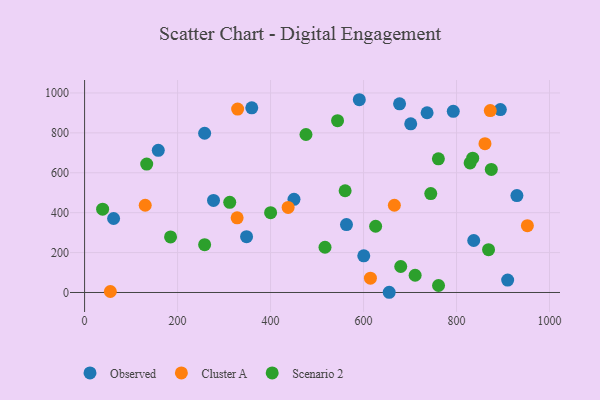
{"axis": {"x": "Engine Size", "y": "Demand"}, "legend": ["Cluster A", "Observed", "Scenario 2"], "data": [{"x": "600.5", "y": 184.0, "type": "Observed"}, {"x": "359.6", "y": 925.4, "type": "Observed"}, {"x": "450.4", "y": 466.8, "type": "Observed"}, {"x": "348.4", "y": 279.8, "type": "Observed"}, {"x": "929.9", "y": 485.9, "type": "Observed"}, {"x": "894.3", "y": 916.6, "type": "Observed"}, {"x": "793.0", "y": 908.0, "type": "Observed"}, {"x": "277.3", "y": 461.4, "type": "Observed"}, {"x": "910.0", "y": 62.0, "type": "Observed"}, {"x": "701.5", "y": 845.2, "type": "Observed"}, {"x": "158.5", "y": 712.4, "type": "Observed"}, {"x": "677.5", "y": 945.8, "type": "Observed"}, {"x": "736.7", "y": 900.7, "type": "Observed"}, {"x": "563.3", "y": 340.3, "type": "Observed"}, {"x": "837.0", "y": 260.7, "type": "Observed"}, {"x": "655.2", "y": 1.1, "type": "Observed"}, {"x": "590.9", "y": 966.1, "type": "Observed"}, {"x": "258.2", "y": 798.1, "type": "Observed"}, {"x": "62.4", "y": 370.8, "type": "Observed"}, {"x": "952.4", "y": 335.0, "type": "Cluster A"}, {"x": "861.2", "y": 745.9, "type": "Cluster A"}, {"x": "872.6", "y": 911.9, "type": "Cluster A"}, {"x": "437.8", "y": 426.4, "type": "Cluster A"}, {"x": "55.4", "y": 5.1, "type": "Cluster A"}, {"x": "614.8", "y": 72.0, "type": "Cluster A"}, {"x": "130.4", "y": 437.2, "type": "Cluster A"}, {"x": "666.3", "y": 437.2, "type": "Cluster A"}, {"x": "329.2", "y": 919.2, "type": "Cluster A"}, {"x": "328.1", "y": 374.1, "type": "Cluster A"}, {"x": "626.0", "y": 331.9, "type": "Scenario 2"}, {"x": "834.8", "y": 673.4, "type": "Scenario 2"}, {"x": "680.0", "y": 130.3, "type": "Scenario 2"}, {"x": "476.2", "y": 791.8, "type": "Scenario 2"}, {"x": "400.1", "y": 400.1, "type": "Scenario 2"}, {"x": "744.6", "y": 496.0, "type": "Scenario 2"}, {"x": "874.8", "y": 617.0, "type": "Scenario 2"}, {"x": "38.8", "y": 417.8, "type": "Scenario 2"}, {"x": "258.2", "y": 239.6, "type": "Scenario 2"}, {"x": "133.6", "y": 643.6, "type": "Scenario 2"}, {"x": "829.2", "y": 649.2, "type": "Scenario 2"}, {"x": "711.0", "y": 86.3, "type": "Scenario 2"}, {"x": "544.1", "y": 860.9, "type": "Scenario 2"}, {"x": "517.1", "y": 226.7, "type": "Scenario 2"}, {"x": "560.4", "y": 509.8, "type": "Scenario 2"}, {"x": "312.2", "y": 452.0, "type": "Scenario 2"}, {"x": "761.3", "y": 35.0, "type": "Scenario 2"}, {"x": "868.9", "y": 214.4, "type": "Scenario 2"}, {"x": "184.9", "y": 278.5, "type": "Scenario 2"}, {"x": "761.0", "y": 669.7, "type": "Scenario 2"}]}